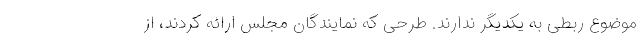
موضوع ربطی به یکدیگر ندارند. طرحی که نمایندگان مجلس ارائه کردند، از